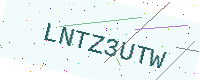
Text: LNTZ3UTW